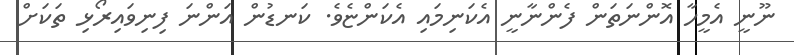
ނޫނީ އެމީހާ އޮންނަތަން ފެންނާނީ އެކަނިމައި އެކަންޏެވެ. ކަނޑުން އަންނަ ފިނިވައިރޯޅި ތަކަށް